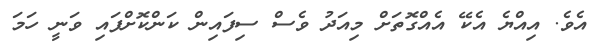
އެވެ. އިއްޔެ އެކޭ އެއްގޮތަށް މިއަދު ވެސް ސިފައިން ކަންކޮށްފައި ވަނީ ހަމަ